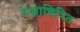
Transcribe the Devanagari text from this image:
रेखाचित्रित